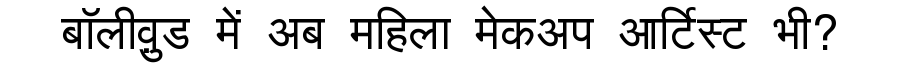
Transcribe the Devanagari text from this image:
बॉलीवु़ड में अब महिला मेकअप आर्टिस्ट भी?